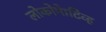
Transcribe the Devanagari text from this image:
लोकोमेाटिव्ह